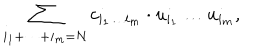
\sum _ { i _ { 1 } + \dots + i _ { m } = N } c _ { i _ { 1 } \dots i _ { m } } \cdot u _ { i _ { 1 } } \dots u _ { i _ { m } } ,